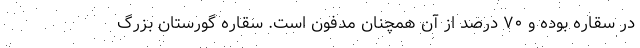
در سقاره بوده و ۷۰ درصد از آن همچنان مدفون است. سقاره گورستان بزرگ